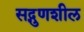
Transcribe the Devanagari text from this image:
सद्गुणशील